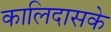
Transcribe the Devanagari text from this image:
कालिदासके